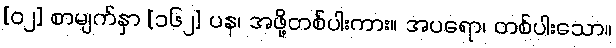
[၀၂] စာမျက်နှာ [၁၆၂] ပန၊ အဖို့တစ်ပါးကား။ အပရော၊ တစ်ပါးသော။